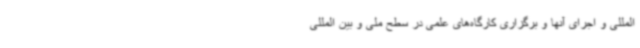
المللی و اجرای آنها و برگزاری کارگاه‌های علمی در سطح ملی و بین المللی